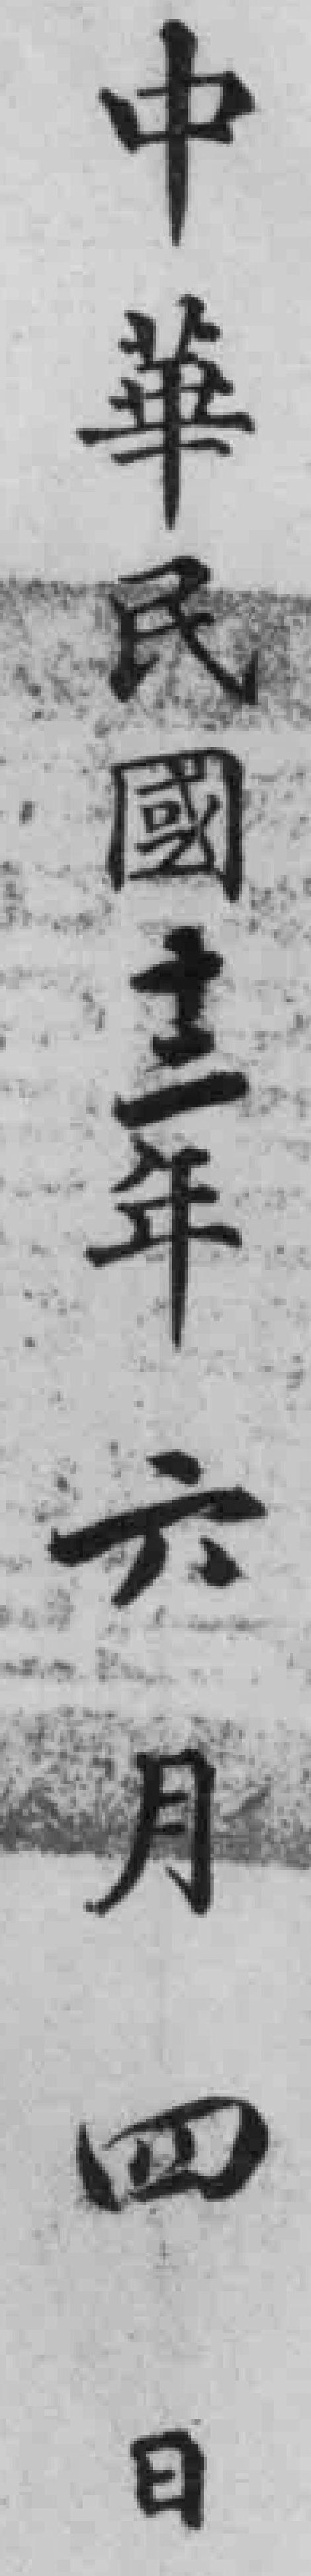
中華民國十二年六月四日